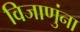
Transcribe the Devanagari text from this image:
विजाणुंना